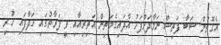
އެގޮތުން ޝަބާ ފަތިސް ނަމާދަށްފަހު އާދައިގެމަތިން އަތިރިއާއި ވީ ފަރާތުގައި ހަދާފައި ހުރި